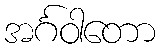
အင်္ဂဝါတော